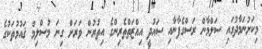
މިކަށުނަމާދުގައި ސަލްމާން ރަސްގެފާނާއި ސައުދީ އިއްޒަތްތެރިންގެ އިތުރުން ވަރަށް ގިނަ މުސްލިމް ޤައުމުތަކުގެ